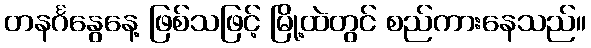
တနင်္ဂနွေနေ့ ဖြစ်သဖြင့် မြို့ထဲတွင် စည်ကားနေသည်။